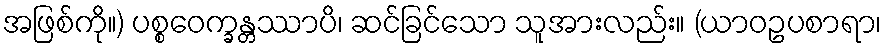
အဖြစ်ကို။) ပစ္စဝေက္ခန္တဿာပိ၊ ဆင်ခြင်သော သူအားလည်း။ (ယာဝဥပစာရာ၊